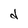
Character: d